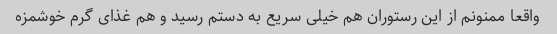
واقعا ممنونم از این رستوران هم خیلی سریع به دستم رسید و هم غذای گرم خوشمزه